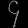
Digit: ၄